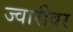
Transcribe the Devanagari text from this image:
ज्वारीवर